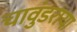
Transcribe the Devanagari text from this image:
चावुंडराया